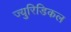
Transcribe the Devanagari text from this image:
ज्युरिडिकल